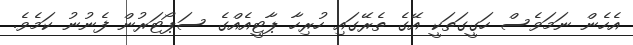
އެހެން ނަމަވެސް ހަގީގަތަކީ އޭގެ ތެރޭގައި ހުރިހާ ޕާޓީއެއްގެ ސަޕޯޓަރުން ފެނުނު ކަމެވެ.